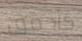
كأحمق